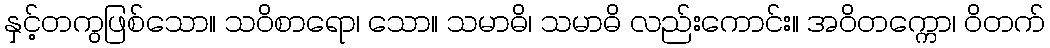
နှင့်တကွဖြစ်သော။ သဝိစာရော၊ သော။ သမာဓိ၊ သမာဓိ လည်းကောင်း။ အဝိတက္ကော၊ ဝိတက်